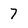
Character: 7